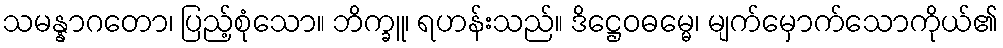
သမန္နာဂတော၊ ပြည့်စုံသော။ ဘိက္ခူ၊ ရဟန်းသည်။ ဒိဋ္ဌေဝဓမ္မေ၊ မျက်မှောက်သောကိုယ်၏